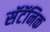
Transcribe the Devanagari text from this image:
सॅटॅनिक